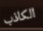
الكاذب